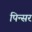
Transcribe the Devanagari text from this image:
पिन्सर